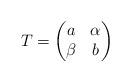
LaTeX: \begin{align*}T = \begin{pmatrix}a & \alpha\\\beta & b\end{pmatrix}\end{align*}